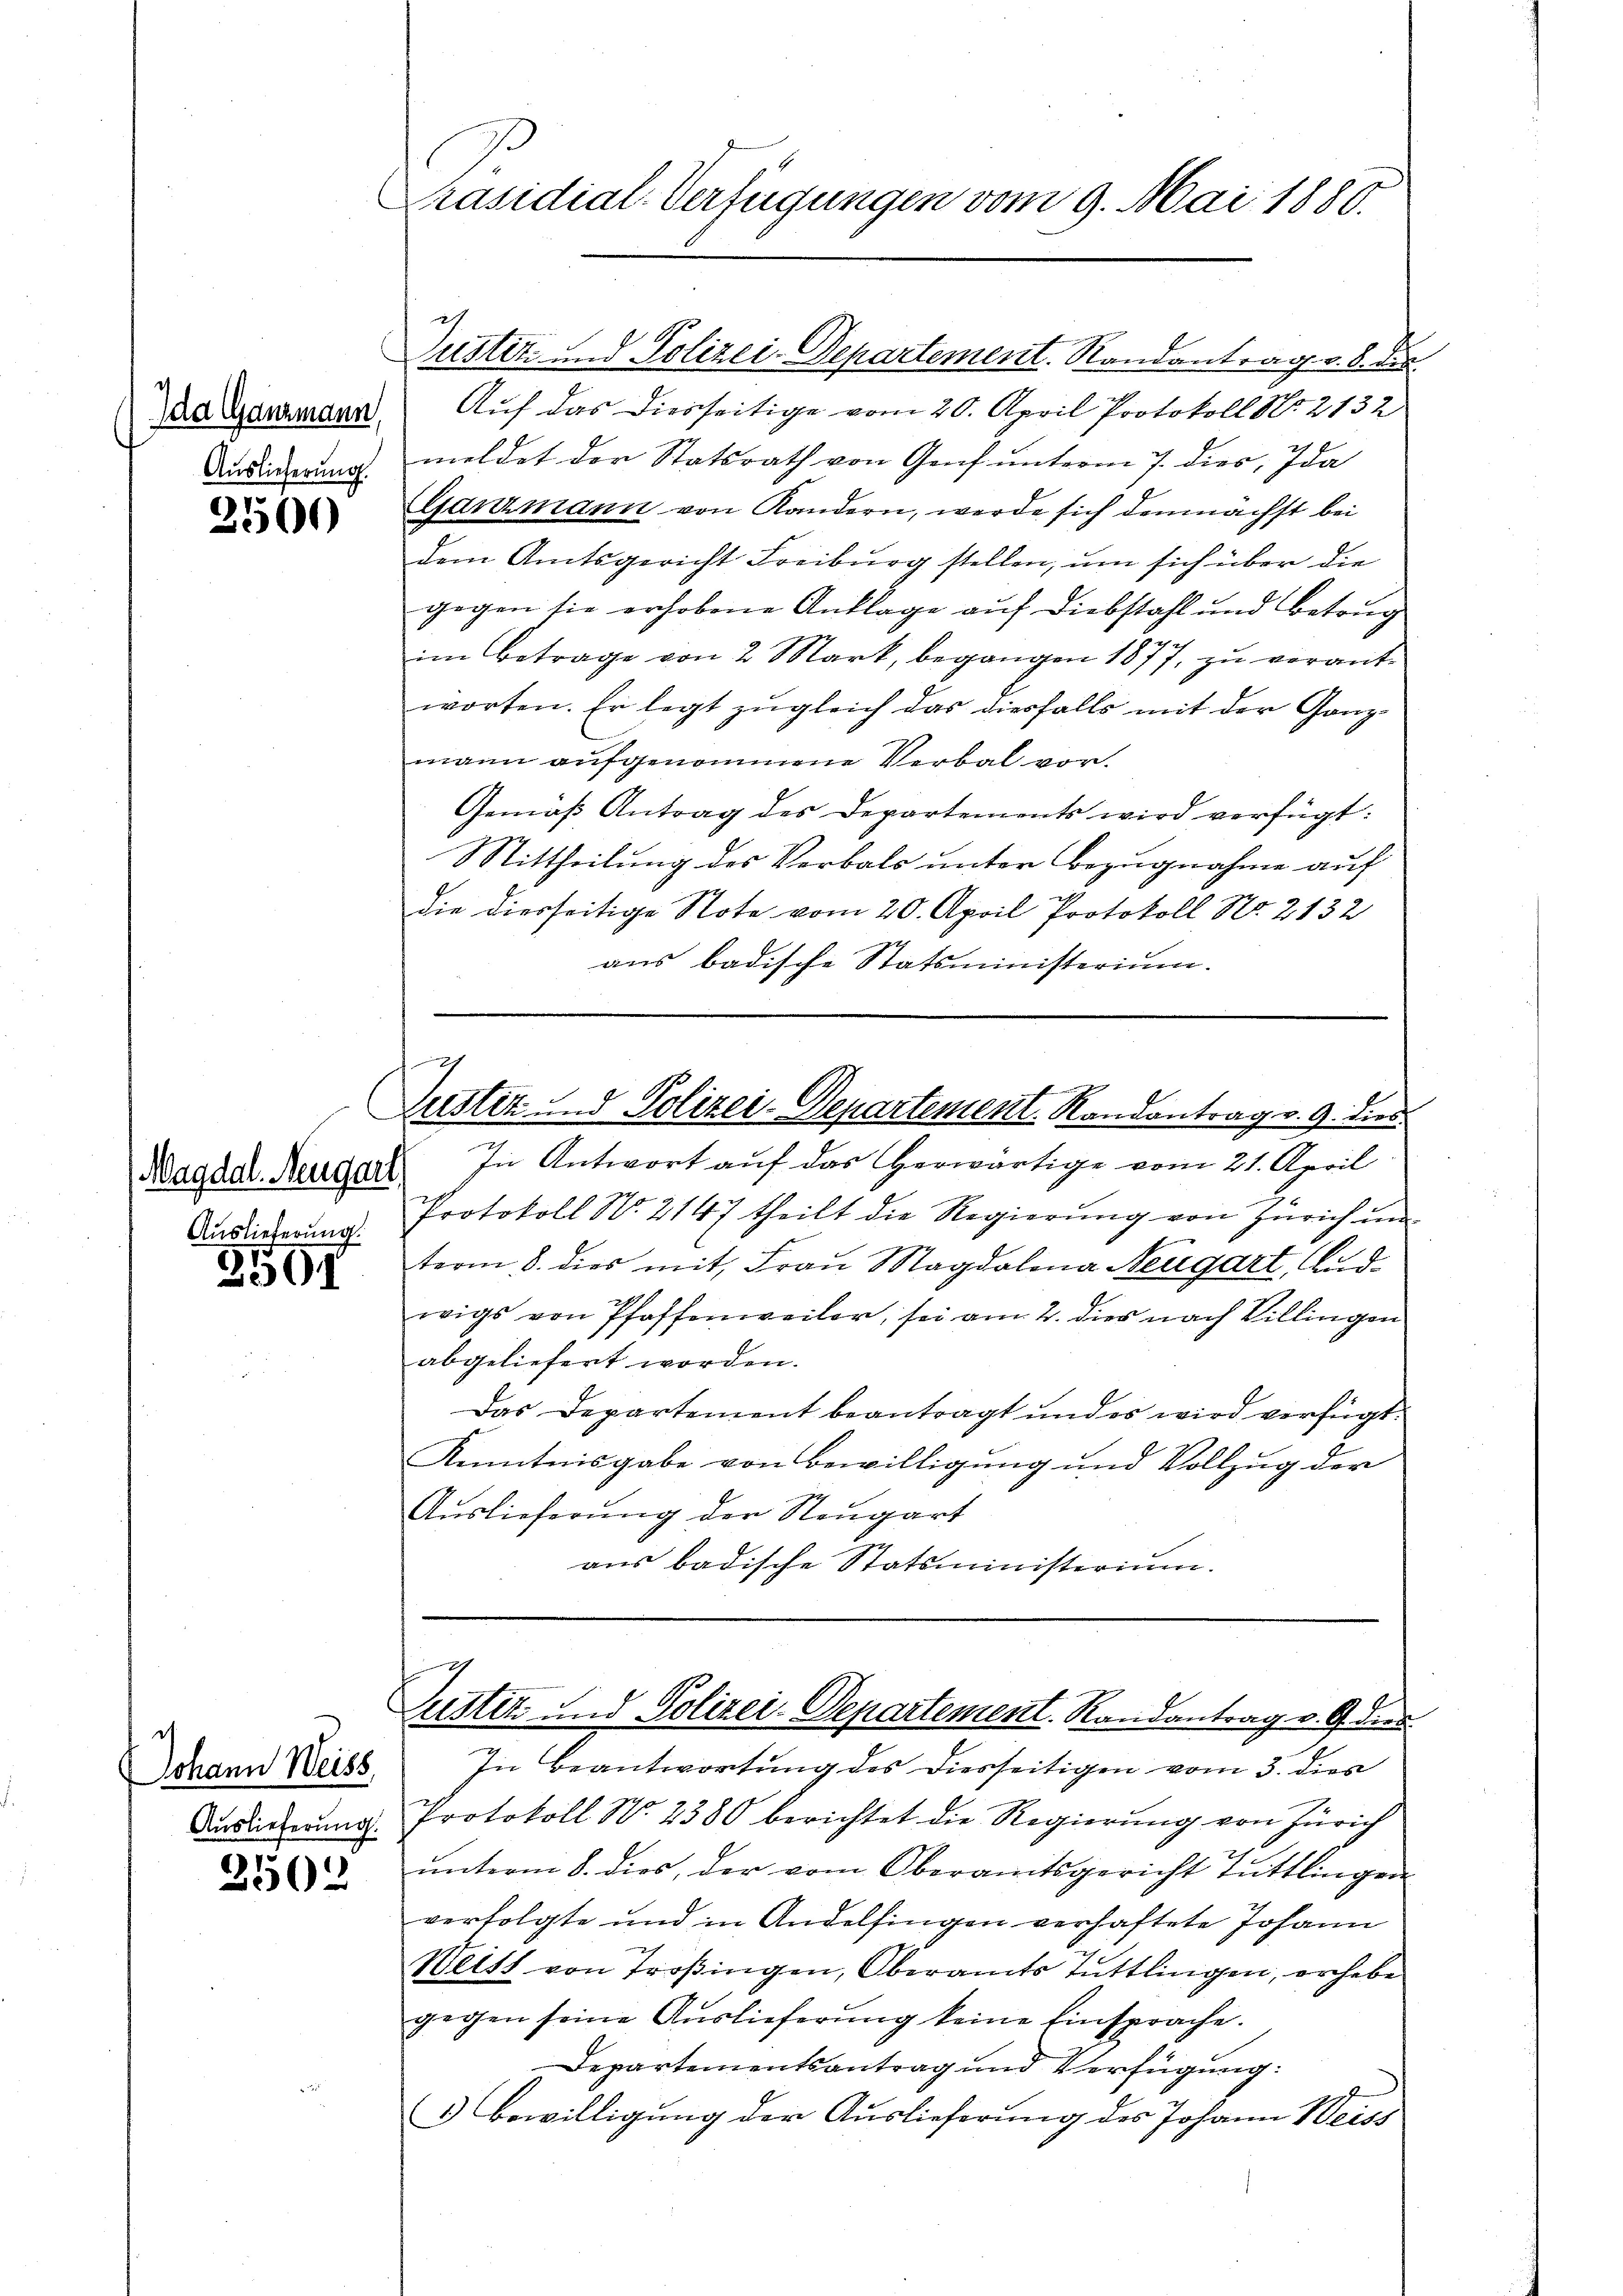
da Ganzmann,
Auslieferung

2500

Magdal. Neugart
Auslieferung.

2591

Johann Weiss,
Auslieferung.

2502

Präsidial-Verfügungen vom 9. Mai 1880.

ch

ustiz- und Polizei-Departement. Randantrag v. 8. die

Justiz und Polizei-Departement. Randantrag v. 9. dies
In Antwort auf das herwärtige vom 21. April

Protokoll No. 2147 theilt die Regierŭng von Zürich um
term 8. dies mit Frau Magdalena Neugart, And.
wigs von Pfaffenweiler, sei am 2. dies nach Billingen
abgeliefert worden.
Das Departement beantragt und es wird verfügt:
Kenntnisgabe von Bewilligung und Vollzug der
Auslieferung der Neugart
aus badische Statsministerium.

Auf das diesseitige vom 20. April Protokoll No 2132
meldet der Statsrath von Genf unterm 7. dies, Ida
Ganzmann von Kandern, werde sich demnächst bei
dem Amtsgericht Freiburg stellen, um sich über die
gegen sie erhobene Anklage auf Diebstahl und Betrug
im Betrage von 2 Mark, begangen 1877, zu verant-
worten. Er legt zugleich das diesfalls mit der Ganzmann aufgenommene Verbal vor.
Gemäβ Antrag des Departements wird verfügt:
Mittheilung des Verbals unter Bezugnahme auf
die diesseitige Note vom 20. April Protokoll No. 2132
aus badische Statsministerium.

ustiz und Polizei-Departement. Randantrag v. 9. dies
In Beantwortung des Diesseitigen vom 3. dies

Protokoll N. 2380 berichtet die Regierung von Zürich
unterm 8. dies, der vom Oberamtsgericht Tuttlingen
verfolgte und in Andelfingen verhaftete Johann
Weist von Troßingen, Oberamts Tuttlingen, erhebe
gegen seine Auslieferung keine Einsprache.
Departementsantrag und Verfügung.
3 Bewilligung der Auslieferung des Johann Weiss